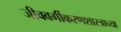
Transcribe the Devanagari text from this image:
जीववर्गीकरणशास्त्राच्या